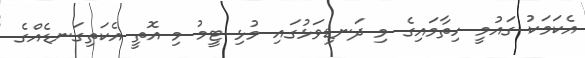
އެކަމަކު ގައުމީ ހިތާމައިގެ މި ދަނޑިވަޅުގައި މުޅި ޓީމު މި އޮތީ އެކަތިގަނޑެއްގެ